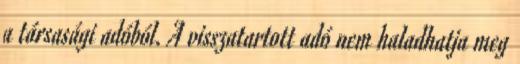
a társasági adóból. A visszatartott adó nem haladhatja meg